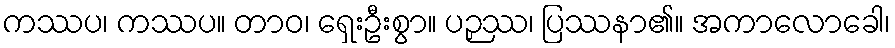
ကဿပ၊ ကဿပ။ တာဝ၊ ရှေးဦးစွာ။ ပဉှဿ၊ ပြဿနာ၏။ အကာလောခေါ၊